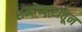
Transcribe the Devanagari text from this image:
शब्दोच्चारातून